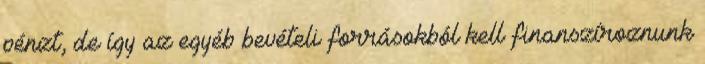
pénzt, de így az egyéb bevételi forrásokból kell finanszíroznunk